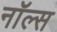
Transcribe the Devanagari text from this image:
नॉल्स